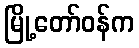
မြို့တော်ဝန်က